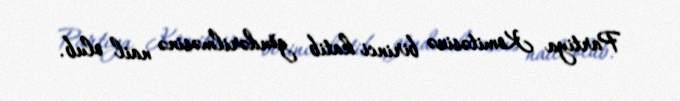
Partiya Komitəsinə birinci katib göndərilməsinə nail olub.